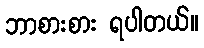
ဘာစားစား ရပါတယ်။